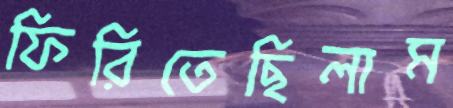
ফিরিতেছিলাম